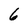
Character: 6